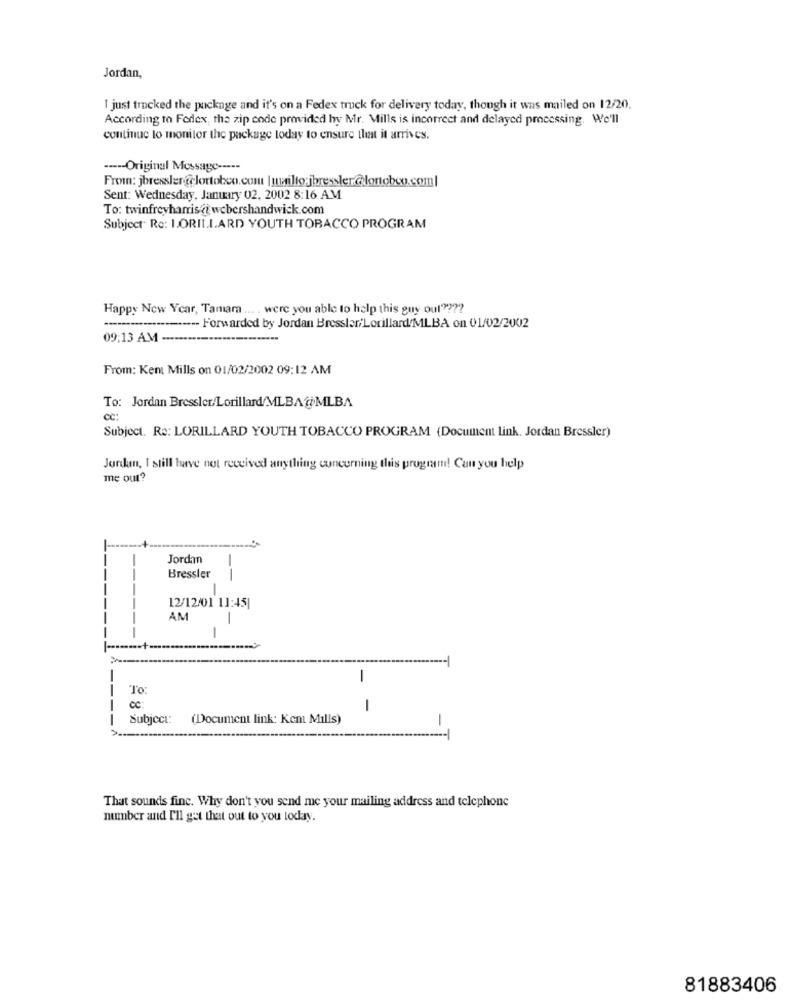
Jordan,
I just tracked the pucknge and it's on a Fedex truck for delivery today, though it was mailed on 12/20.
According to Fedex, the zip code provided by Mr. Mills is incorrect and delayed processing. We'll
continue to monitor the package today to ensure that it arrives.
----- Original Message -----
From: jbresslengelortobco.com |mailto:jbressler@lontobeo.com|
Sent: Wednesday, January 02, 2002 8:16 AM
To: twinfreyharris@@ webershandwick.com
Subject Re: LORILLARD YOUTH TOBACCO PROGRAM
Happy New Year, Tamam ... were you able to help this guy out" ???
*******-------- Forwarded by Jordan Bressler/Lorillard/MLBA on 01/02/2002
09:13 AM -·········..............
From: Kent Mills on 01/02/2002 09:12 AM
To: Jordan Bressler/Lorillard/MLBA@MLBA
Subject. Re: LORILLARD YOUTH TOBACCO PROGRAM (Document link. Jordan Bressler)
Jurken, I still have not received anything concerning this program! Can you help
me out?
Jordan
Bressler
--
12/12/01 11:45|
AM
-
....... +
-
To
OC
-
Subject:
(Document link: Kent Mills)
-
That sounds finc. Why don't you send me your mailing address and telephone
number and I'll get that out to you today.
81883406